Leprosy in India: report of the Leprosy Commission in India, 1890-91
Year: 1890
Disease focus: Leprosy
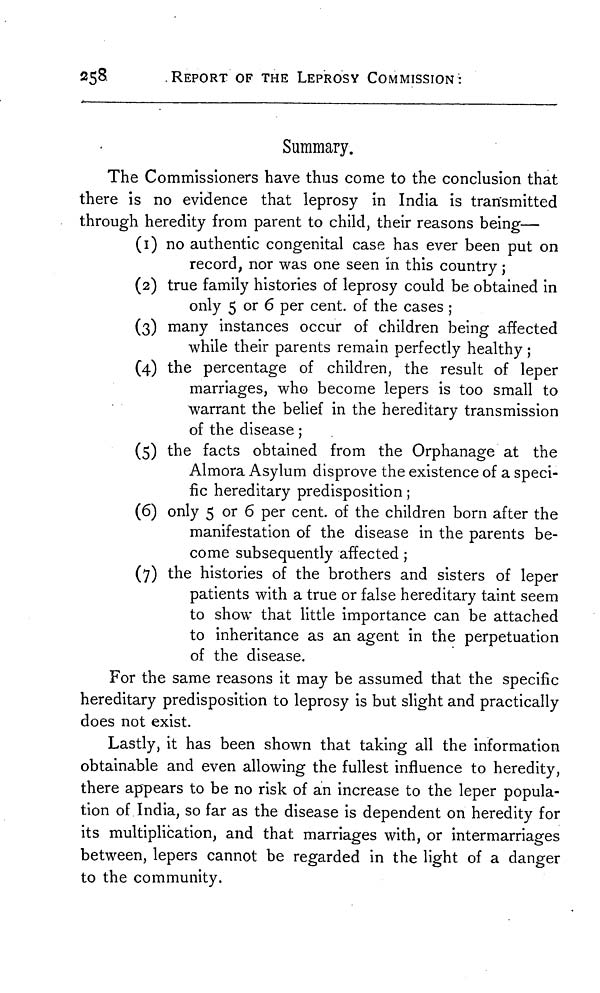
258.
REPORT OF THE LEPROSY COMMISSION:
Summary.
The Commissioners have thus come to the conclusion that
there is no evidence that leprosy in India is transmitted
through heredity from parent to child, their reasons being—
(1) no authentic congenital case has ever been put on
record, nor was one seen in this country ;
(2) true family histories of leprosy could be obtained in
only 5 or 6 per cent. of the cases ;
(3) many instances occur of children being affected
while their parents remain perfectly healthy ;
(4) the percentage of children, the result of leper
marriages, who become lepers is too small to
warrant the belief in the hereditary transmission
of the disease ;
(5) the facts obtained from the Orphanage at the
Almora Asylum disprove the existence of a speci-
fic hereditary predisposition ;
(6) only 5 or 6 per cent. of the children born after the
manifestation of the disease in the parents be-
come subsequently affected ;
(7) the histories of the brothers and sisters of leper
patients with a true or false hereditary taint seem
to show that little importance can be attached
to inheritance as an agent in the perpetuation
of the disease.
For the same reasons it may be assumed that the specific
hereditary predisposition to leprosy is but slight and practically
does not exist.
Lastly, it has been shown that taking all the information
obtainable and even allowing the fullest influence to heredity,
there appears to be no risk of an increase to the leper popula-
tion of India, so far as the disease is dependent on heredity for
its multiplication, and that marriages with, or intermarriages
between, lepers cannot be regarded in the light of a danger
to the community.